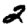
Digit: 2